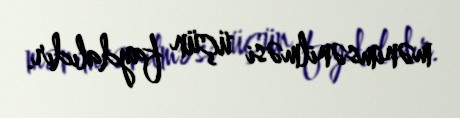
mənimsənilməsi üçün faydalıdır.